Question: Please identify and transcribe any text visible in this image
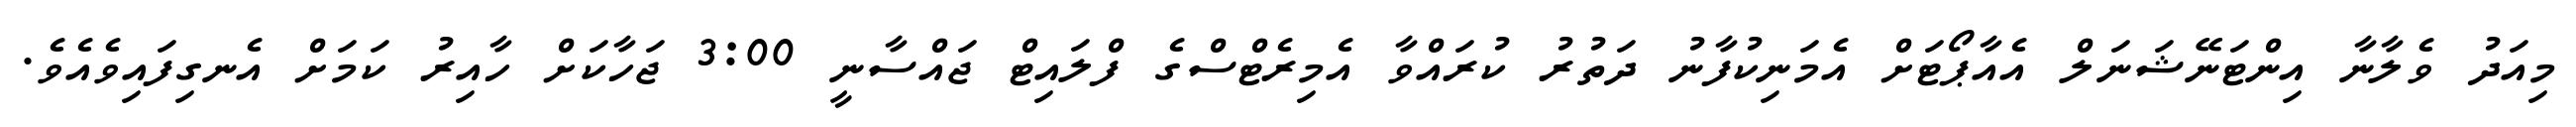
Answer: މިއަދު ވެލާނާ އިންޓަނޭޝަނަލް އެއާޕޯޓަށް އެމަނިކުފާނު ދަތުރު ކުރައްވާ އެމިރެޓްސްގެ ފްލައިޓް ޖައްސާނީ 3:00 ޖަހާކަށް ހާއިރު ކަމަށް އެނގިފައިވެއެވެ.